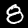
Digit: 8